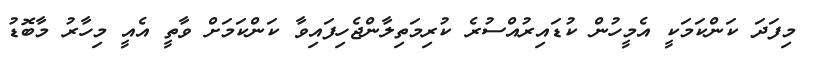
މިފަދަ ކަންކަމަކީ އެމީހުން ކުޑައިރުއްސުރެ ކުރިމަތިލާންޖެހިފައިވާ ކަންކަމަށް ވާތީ އެއީ މިހާރު މާބޮޑު